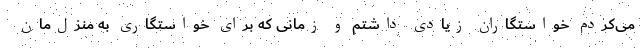
می‌کردم خواستگاران زیادی داشتم و زمانی که برای خواستگاری به منزل‌مان